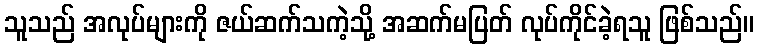
သူသည် အလုပ်များကို ဇယ်ဆက်သကဲ့သို့ အဆက်မပြတ် လုပ်ကိုင်ခဲ့ရသူ ဖြစ်သည်။